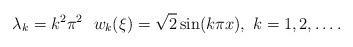
LaTeX: \begin{align*}\lambda_k = k^2\pi^2 \ \ w_k(\xi) = \sqrt{2} \sin(k\pi x), \ k=1,2,\ldots.\end{align*}